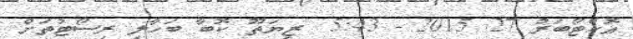
އޮކްޓޯބަރު 27